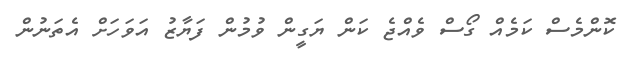
ކޮންމެސް ކަމެއް ގޯސް ވެއްޖެ ކަން ޔަގީން ވުމުން ފަޔާޒު އަވަހަށް އެތަނުން